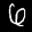
Label: 6